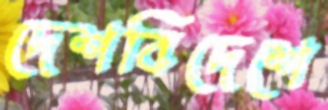
দেশবিদেশে